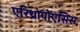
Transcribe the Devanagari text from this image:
एरिथ्रोपोएसिस